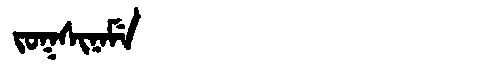
Manchu: ᠵᠣᡴᠰᡳᠨᠠᠮᡝ
Romanization: JOKSINAME